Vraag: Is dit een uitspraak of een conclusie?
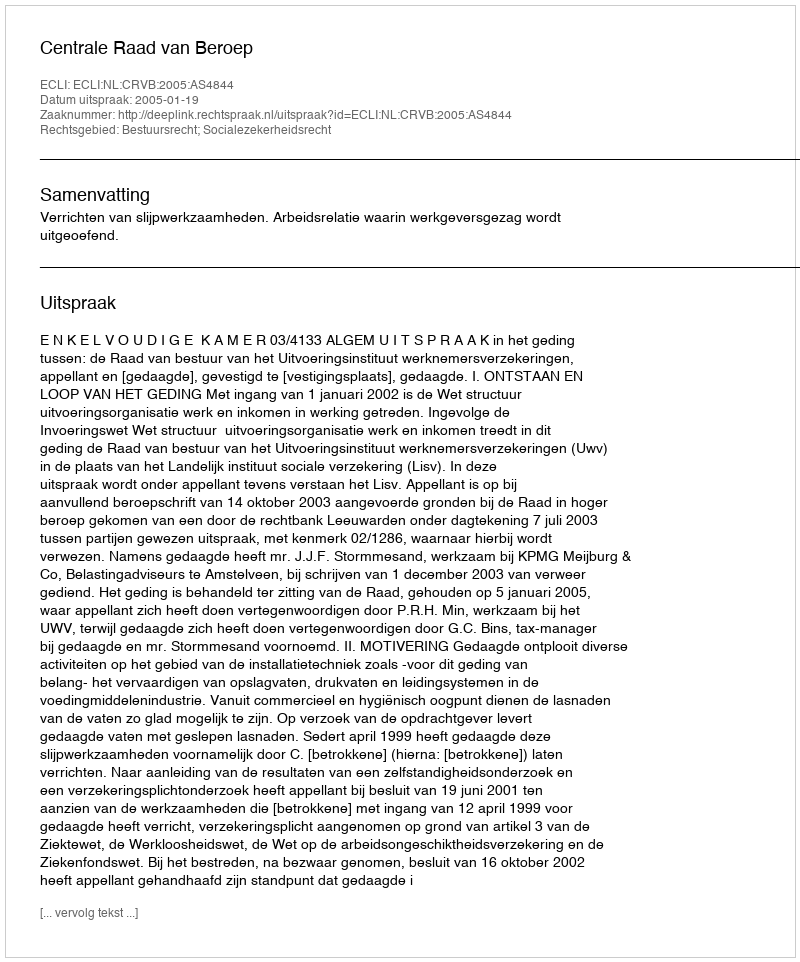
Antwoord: Uitspraak